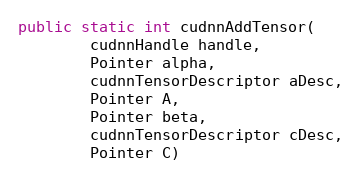
Language: Java
public static int cudnnAddTensor(
        cudnnHandle handle,
        Pointer alpha,
        cudnnTensorDescriptor aDesc,
        Pointer A,
        Pointer beta,
        cudnnTensorDescriptor cDesc,
        Pointer C)